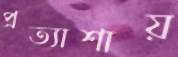
প্রত্যাশায়